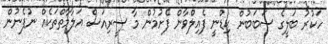
ހަކުރު ބަލީގެ ސަބަބުން ކިޑްނީ ފެއިލްވާން ފެށުމުން މާ ސީރިއަސް އަލާމާތްތަކެއް ނުފެނުން